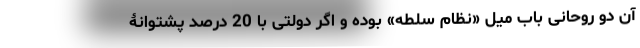
آن دو روحانی باب میل «نظام سلطه» بوده و اگر دولتی با 20 درصد پشتوانۀ